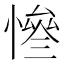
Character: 𢠊